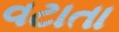
વટાતા